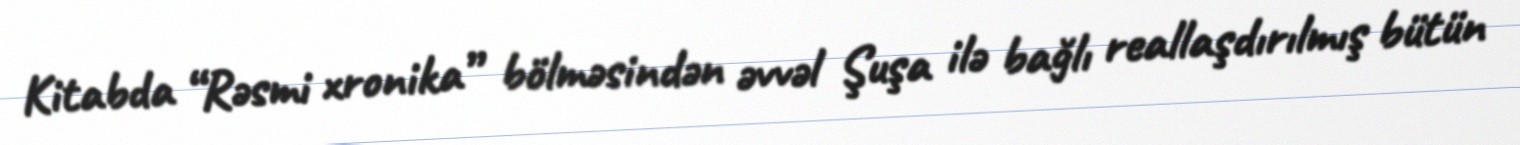
Kitabda “Rəsmi xronika” bölməsindən əvvəl Şuşa ilə bağlı reallaşdırılmış bütün